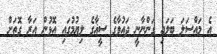
އެ މައްސަލަ ބަލައި ގަންނާނީ ދައުވާގެ ސީޣާގެ ލިޔުމުގައި އޮޅުން އަރާ ގޮތަށް